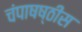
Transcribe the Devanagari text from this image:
चंपाषष्ठीस